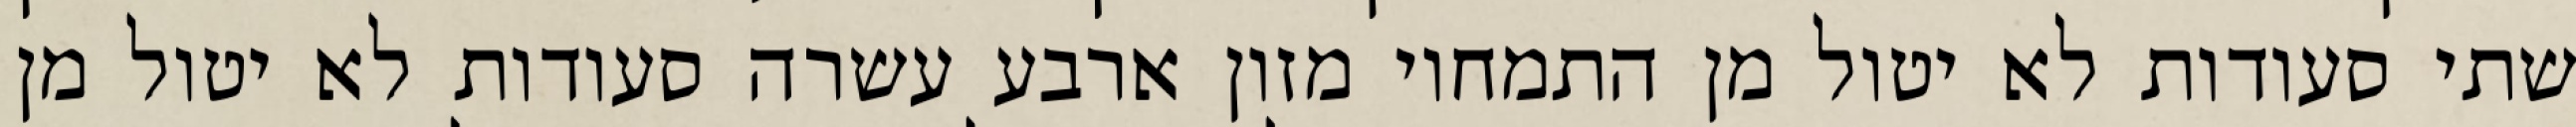
שתי סעודות לא יטול מן התמחוי מזון ארבע עשרה סעודות לא יטול מן